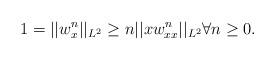
LaTeX: \begin{align*}1 = ||w_x^n||_{L^2} \ge n ||x w^n_{xx}||_{L^2}\forall n\ge 0. \end{align*}